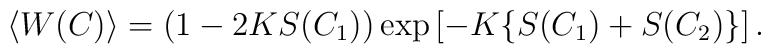
\langle W(C) \rangle =     (1- 2 K S(C_1)) \exp \left[ - K\{S(C_1)+S(C_2)\}\right]  .